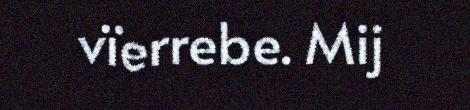
vïerrebe. Mij